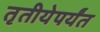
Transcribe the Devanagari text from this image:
तृतीयेपर्यंत